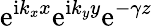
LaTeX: \mathrm{e}^{\mathrm{i}k_{x}x}\mathrm{e}^{\mathrm{i}k_{y}y}\mathrm{e}^{-\gamma z}